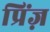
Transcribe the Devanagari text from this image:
प्रिंज़